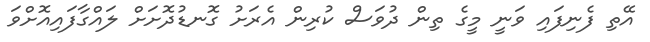
އޭތި ފެނިފައި ވަނީ މީގެ ތިން ދުވަސް ކުރިން އެރަށު ގޮނޑުދޮށަށް ލައްގާފައިއޮށްވަ